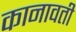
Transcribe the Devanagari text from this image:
कानावती